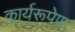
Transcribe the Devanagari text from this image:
कार्यरूपेण